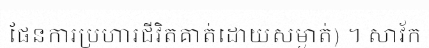
ផែនការប្រហារជីវិតគាត់ដោយសម្ងាត់) ។ សាវ័ក